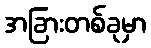
အခြားတစ်ခုမှာ